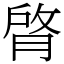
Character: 䏿